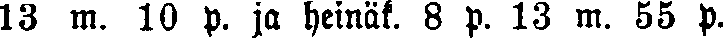
13 m. 10 p. ja heinäk. 8 p. 13 m. 55 p.